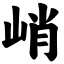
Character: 峭